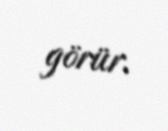
görür.